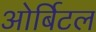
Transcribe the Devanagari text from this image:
ओर्बिटल